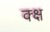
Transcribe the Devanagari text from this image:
क्क्ष